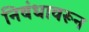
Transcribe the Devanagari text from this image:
निबंधावरून